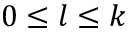
0 \leq l \leq k